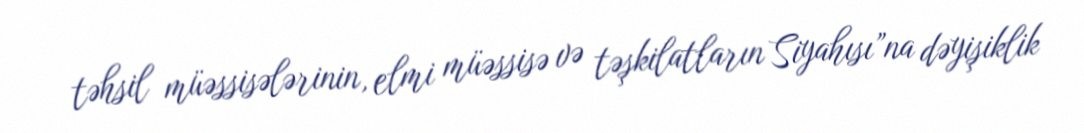
təhsil müəssisələrinin, elmi müəssisə və təşkilatların Siyahısı”na dəyişiklik